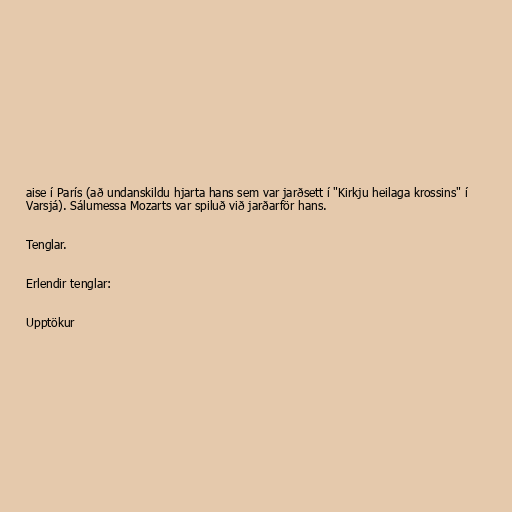
aise í París (að undanskildu hjarta hans sem var jarðsett í "Kirkju heilaga krossins" í
Varsjá). Sálumessa Mozarts var spiluð við jarðarför hans.

Tenglar.

Erlendir tenglar:

Upptökur